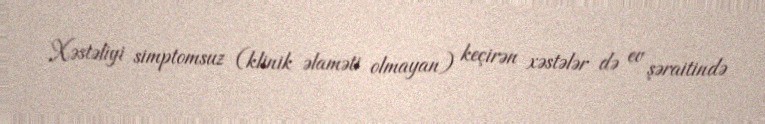
Xəstəliyi simptomsuz (klinik əlaməti olmayan) keçirən xəstələr də ev şəraitində